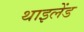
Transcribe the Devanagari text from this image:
थाइलेंड